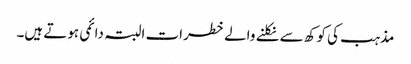
مذہب کی کوکھ سے نکلنے والے خطرات البتہ دائمی ہوتے ہیں۔